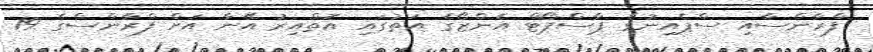
ފްރާންސާއި ސްޕެއިނުގެ ޕާސްޕޯޓް އެންޒޯގެ އަތުގައި އޮތްއިރު އޭނާ އަށް ފްރާންސްގެ 19